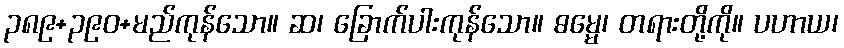
၃၈၉+၃၉၀+မည်ကုန်သော။ ဆ၊ ခြောက်ပါးကုန်သော။ ဓမ္မေ၊ တရားတို့ကို။ ပဟာယ၊